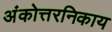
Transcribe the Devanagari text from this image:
अंकोत्तरनिकाय